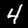
Label: 4